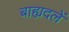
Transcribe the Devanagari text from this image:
बाह्यदलें